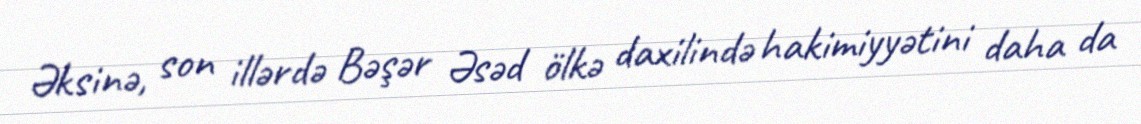
Əksinə, son illərdə Bəşər Əsəd ölkə daxilində hakimiyyətini daha da